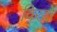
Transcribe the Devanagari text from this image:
विरदो